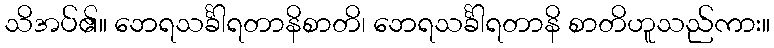
သိအပ်၏။ ဘေရသင်္ခါရတာနိစာတိ၊ ဘေရသင်္ခါရတာနိ စာတိဟူသည်ကား။